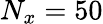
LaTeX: N_{x}=50